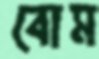
বোম